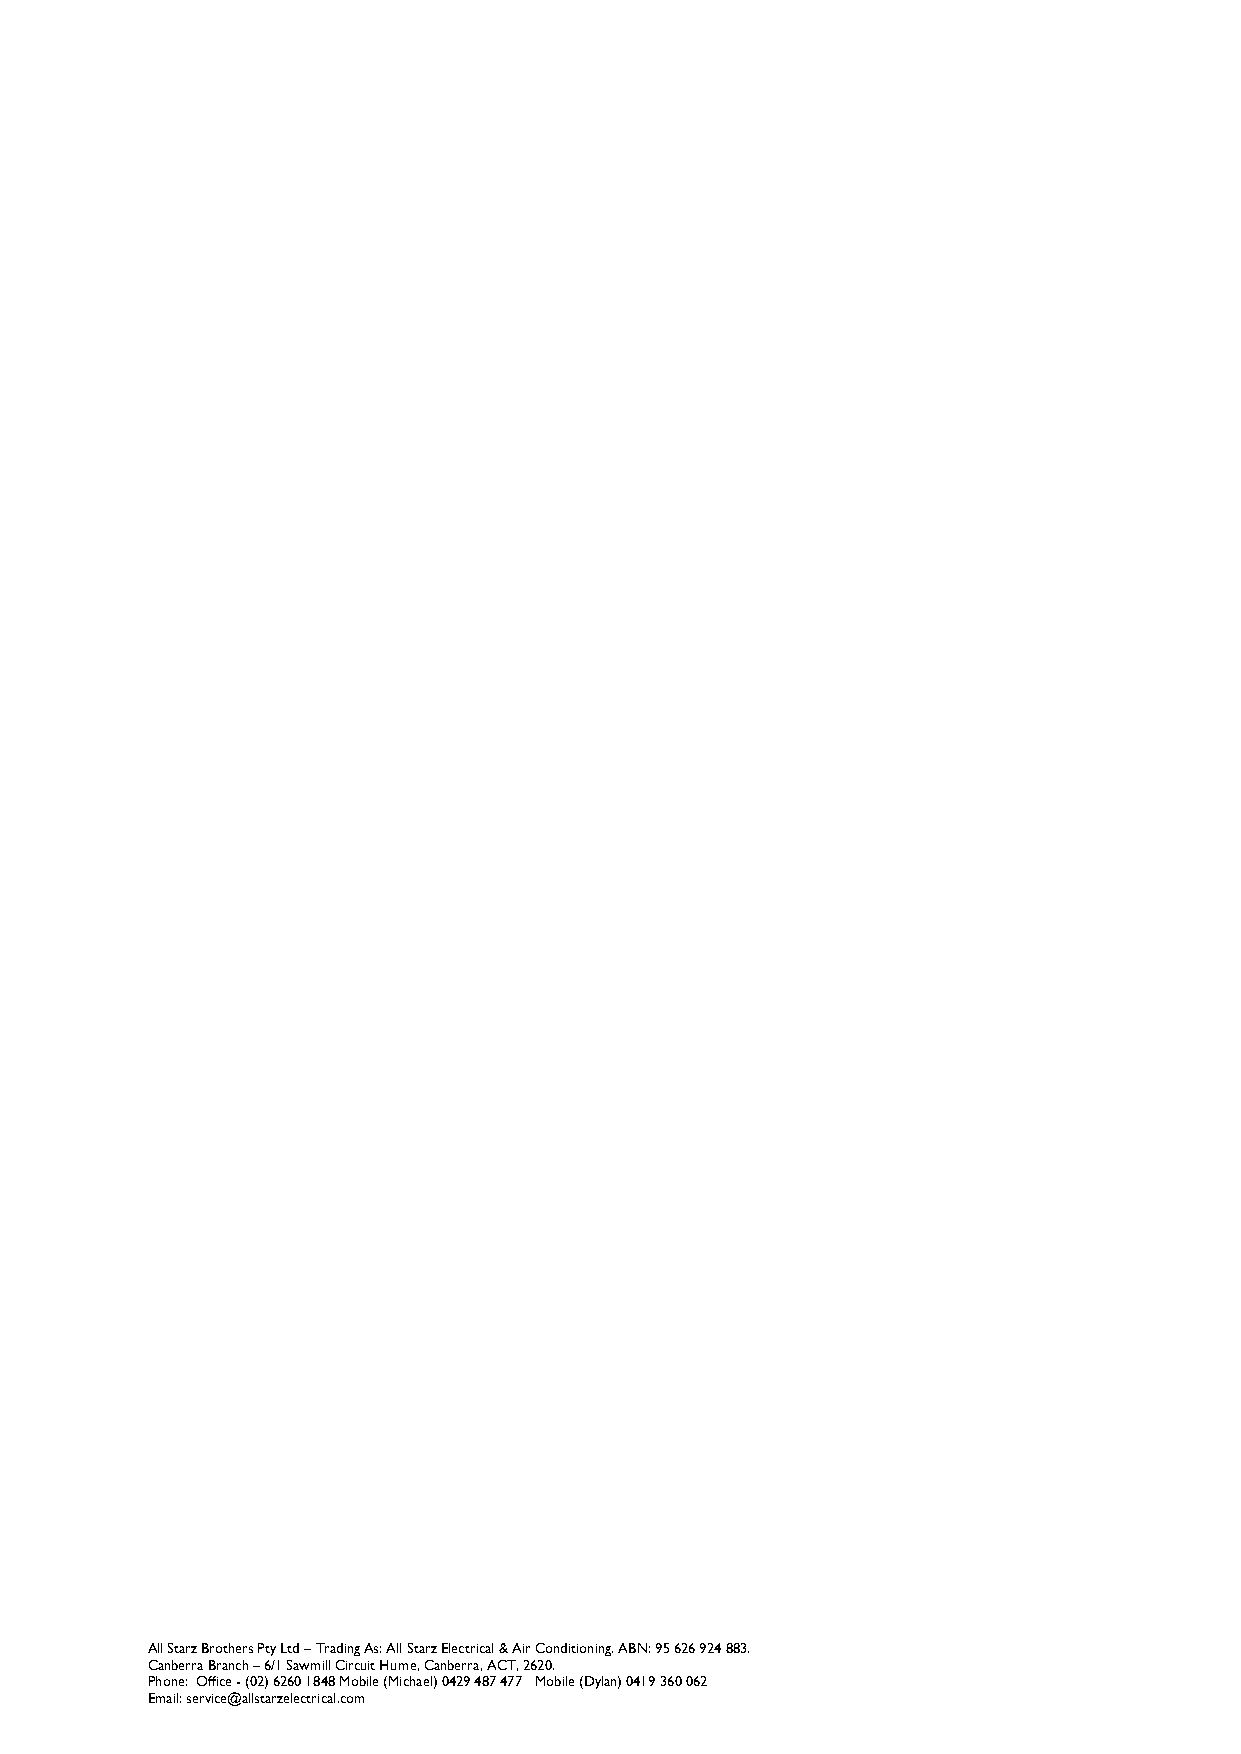
All Starz Brothers Pty Ltd – Trading As: All Starz Electrical & Air Conditioning. ABN: 95 626 924 883.
 Canberra Branch – 6/1 Sawmill Circuit Hume, Canberra, ACT, 2620.
 Phone: Office - (02) 6260 1848 Mobile (Michael) 0429 487 477 Mobile (Dylan) 0419 360 062
 Email: service@allstarzelectrical.com